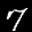
Label: 7